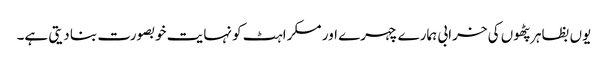
یوں بظاہر پٹھوں کی خرابی ہمارے چہرے اور مسکراہٹ کو نہایت خوبصورت بنا دیتی ہے۔